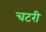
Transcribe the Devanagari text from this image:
चटरी